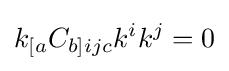
k_{[a}C_{b]ijc}k^{i}k^{j}=0